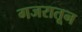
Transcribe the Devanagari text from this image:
गजरातून